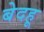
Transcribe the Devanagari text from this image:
बेदहू